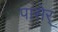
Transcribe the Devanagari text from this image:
पासेर्